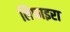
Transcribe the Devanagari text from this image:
लिफाइरा